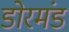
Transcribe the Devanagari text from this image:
डोरमंड